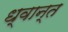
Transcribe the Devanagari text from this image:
ध्वान्त